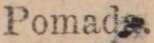
Pomada.